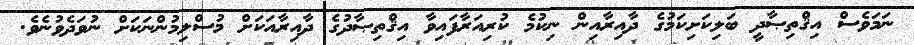
ނަމަވެސް އިޤްތިޞާދީ ބަލިކަށިކަމުގެ ދާއިރާއިން ނިކުމެ ކުރިއަރާފައިވާ އިޤްތިޞާދުގެ ދާއިރާއަކަށް މުސްލިމުންނަކަށް ނުވަދެވުނެވެ.